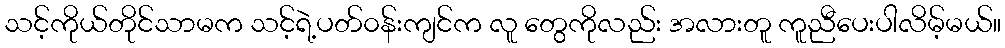
သင့်ကိုယ်တိုင်သာမက သင့်ရဲ့ပတ်၀န်းကျင်က လူ တွေကိုလည်း အလားတူ ကူညီပေးပါလိမ့်မယ်။